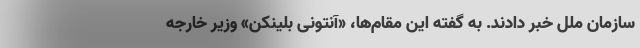
سازمان ملل خبر دادند. به گفته این مقام‌ها، «آنتونی بلینکن» وزیر خارجه